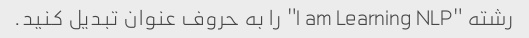
رشته "I am Learning NLP" را به حروف عنوان تبدیل کنید.